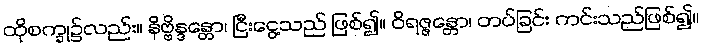
ထိုစက္ခု၌လည်း။ နိဗ္ဗိန္ဒန္တော၊ ငြီးငွေ့သည် ဖြစ်၍။ ဝိရဇ္ဇန္တော၊ တပ်ခြင်း ကင်းသည်ဖြစ်၍။